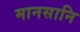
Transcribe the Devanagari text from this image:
मानसानि